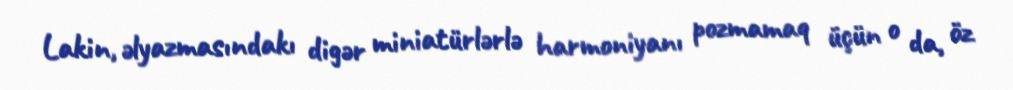
Lakin, əlyazmasındakı digər miniatürlərlə harmoniyanı pozmamaq üçün o da, öz